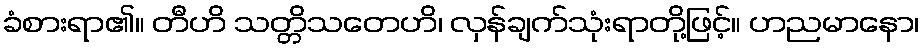
ခံစားရာ၏။ တီဟိ သတ္တိသတေဟိ၊ လှန်ချက်သုံးရာတို့ဖြင့်။ ဟညမာနော၊